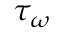
\tau _ { \omega }